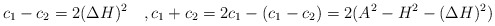
\begin{align*}c_1-c_2 = 2(\Delta H)^2 \quad,c_1+c_2= 2c_1-(c_1-c_2)= 2(A^2-H^2-(\Delta H)^2) \end{align*}